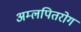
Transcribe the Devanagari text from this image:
अम्लपितरोग